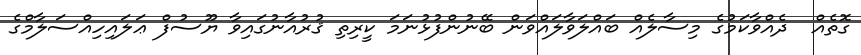
ގޮތެއް  ދެއްވާކަމުގެ މިސާލެއް ބައްލަވާލައްވަން ބޭނުންފުޅުނަމަ ކީރިތި ޤުރުއާނުގައިވާ ޔޫސުފް ޢަލައިހިއްސަލާމްގެ